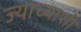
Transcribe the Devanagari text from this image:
ज्याच्याशी